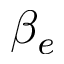
\beta _ { e }